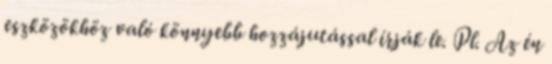
eszközökhöz való könnyebb hozzájutással írják le. Pl. Az én